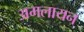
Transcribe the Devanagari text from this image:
अमलायन